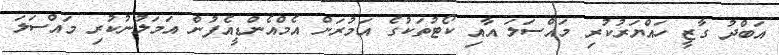
އަބްދު ގާޒީ ހައްޔަރުކުރި މައްސަލަ އާއި ކޯޓުތަކުގެ އަމުރަށް އެމްއެންޑީއެފުން އަމަލުނުކުރި މައްސަލަ